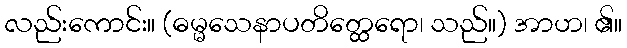
လည်းကောင်း။ (ဓမ္မသေနာပတိတ္ထေရော၊ သည်။) အာဟ၊ ၏။